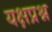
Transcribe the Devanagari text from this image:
यक्षप्रश्न